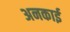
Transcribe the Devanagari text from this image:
अनकाई